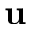
\mathbf { u }